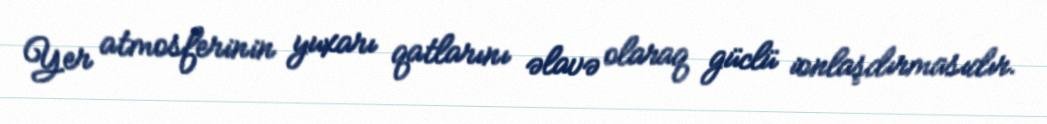
Yer atmosferinin yuxarı qatlarını əlavə olaraq güclü ionlaşdırmasıdır.